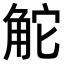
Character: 𧣖